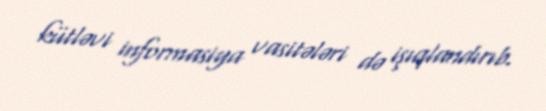
kütləvi informasiya vasitələri də işıqlandırıb.